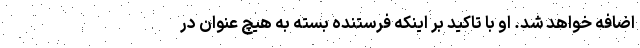
اضافه خواهد شد. او با تاکید بر اینکه فرستنده بسته به هیچ عنوان در